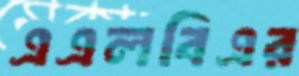
এএলবিএর